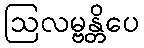
ဩလမ္ဗန္တိပေ